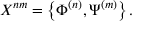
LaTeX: X ^ { n m } = \left\{ \Phi ^ { ( n ) } , \Psi ^ { ( m ) } \right\} .